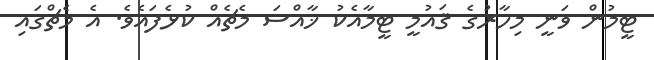
ޓީމުން ވަނީ މިހާރުގެ ޤައުމީ ޓީމާއެކު ޚާއްސަ މެޗެއް ކުޅެފައެވެ. އެ މެޗްގައި